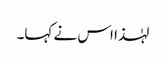
لہٰذا اس نے کہا۔